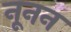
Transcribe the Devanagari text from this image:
नूनन